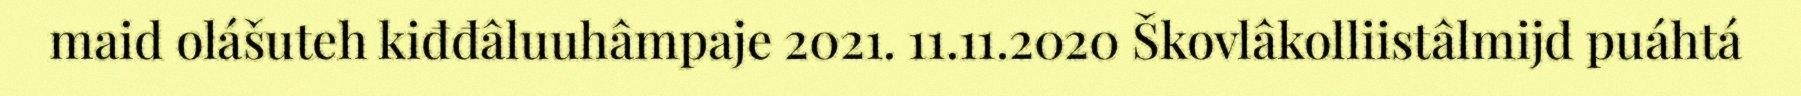
maid olášuteh kiđđâluuhâmpaje 2021. 11.11.2020 Škovlâkolliistâlmijd puáhtá